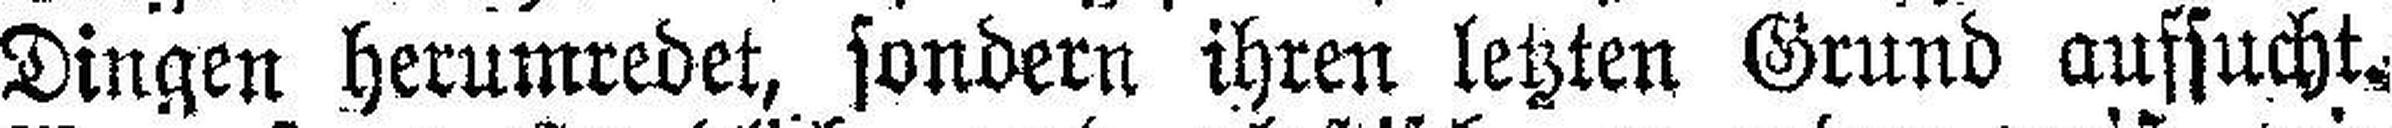
Dingen herumredet, sondern ihren letzten Grund aufsucht.